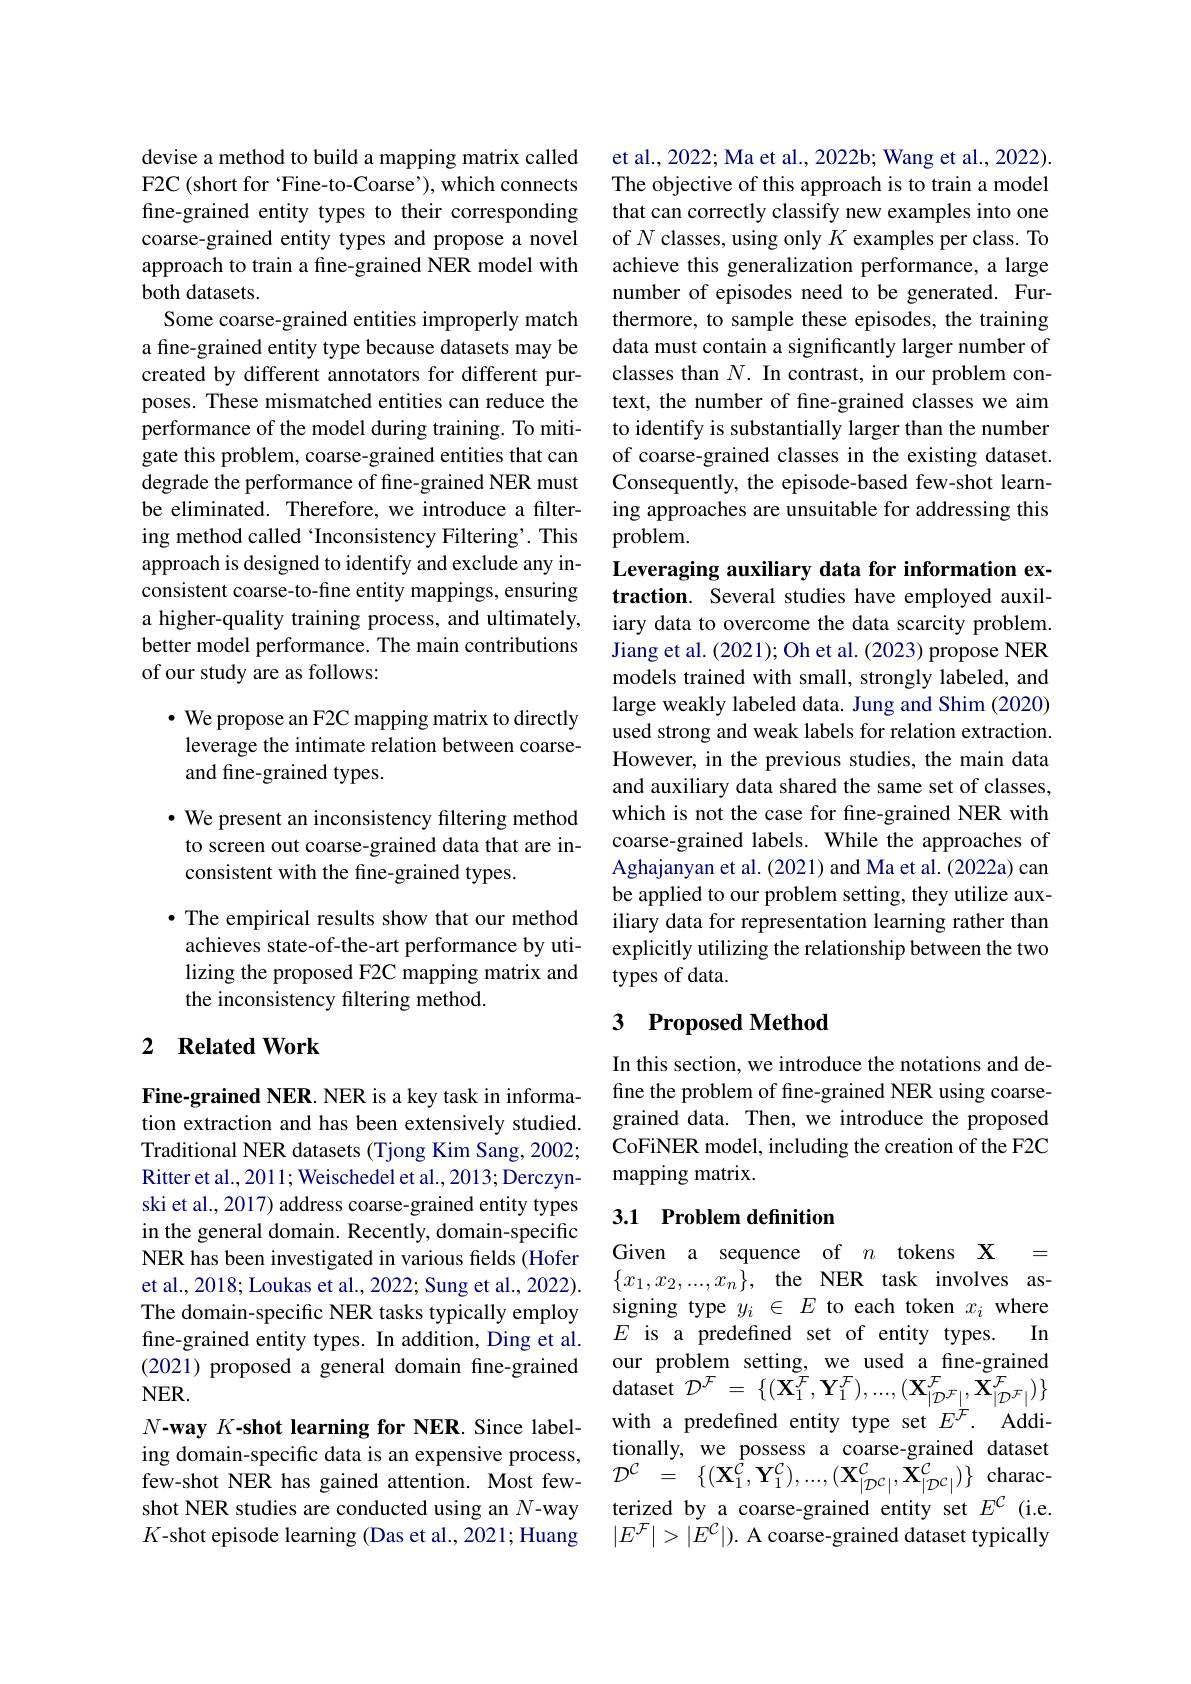
devise a method to build a mapping matrix called F2C (short for `Fine-to-Coarse'), which connects fine-grained entity types to their corresponding coarse-grained entity types and propose a novel approach to train a fne-grained NER model with both datasets.
Some coarse-grained entities improperly match a fine-grained entity type because datasets may be created by different annotators for different purposes. These mismatched entities can reduce the performance of the model during training. To mitigate this problem, coarse-grained entities that can degrade the performance of fine-grained NER must be eliminated. Therefore, we introduce a filtering method called 'Inconsistency Filtering'. This approach is designed to identify and exclude any inconsistent coarse-to-fine entity mappings, ensuring a higher-quality training process, and ultimately, better model performance. The main contributions of our study are as follows:

$\bullet$ We propose an F2C mapping matrix to directly leverage the intimate relation between coarseand fine-grained types.

$\bullet$ We present an inconsistency filtering method to screen out coarse-grained data that are inconsistent with the fine-grained types.

· The empirical results show that our method achieves state-of-the-art performance by utilizing the proposed F2C mapping matrix and the inconsistency filtering method.

## 2 $\textbf{Related Work}$

Fine-grained NER. NER is a key task in information extraction and has been extensively studied. Traditional NER datasets (Tjong Kim Sang, 2002; Ritter et al., 2011; Weischedel et al., 2013; Derczynski et al., 2017) address coarse-grained entity types in the general domain. Recently, domain-specific NER has been investigated in various fields (Hofer et al., 2018; Loukas et al., 2022; Sung et al., 2022). The domain-specific NER tasks typically employ fine-grained entity types. In addition, Ding et al. (2021) proposed a general domain fine-grained $NER.$
$N\textbf{- way }K\textbf{- shot learning for NER. Since label- }$ ing domain-specific data is an expensive process, $\begin{array}{rcl}\text{ing oman-specine atire an capeinsive process,}&\mathcal{D}^{\mathcal{C}}&=&\{(\mathbf{X}_{1}^{\mathcal{C}},\mathbf{Y}_{1}^{\mathcal{C}}),...,(\mathbf{X}_{|\mathcal{D}^{\mathcal{C}}|}^{\mathcal{C}},\tilde{\mathbf{X}}_{|\mathcal{D}^{\mathcal{C}}|}^{\mathcal{C}})\}&\text{charac-}\\\text{few-shot NER has gained attention. Most few-}&\mathcal{D}^{\mathcal{C}}&=&\{(\mathbf{X}_{1}^{\mathcal{C}},\end{array}$
$K$-shot episode learning (Das et al., 2021; Huang

et al., 2022; Ma et al., 2022b; Wang et al., 2022). The objective of this approach is to train a model that can correctly classify new examples into one of $N$ classes, using only $K$ examples per class. To achieve this generalization performance, a large number of episodes need to be generated. Furthermore, to sample these episodes, the training data must contain a significantly larger number of classes than $N.$ In contrast, in our problem context, the number of fine-grained classes we aim to identify is substantially larger than the number of coarse-grained classes in the existing dataset. Consequently, the episode-based few-shot learning approaches are unsuitable for addressing this problem.

Leveraging auxiliary data for information extraction. Several studies have employed auxiliary data to overcome the data scarcity problem. Jiang et al. (2021); Oh et al. (2023) propose NER models trained with small, strongly labeled, and large weakly labeled data. Jung and Shim (2020) used strong and weak labels for relation extraction. However, in the previous studies, the main data and auxiliary data shared the same set of classes, which is not the case for fine-grained NER with coarse-grained labels. While the approaches of Aghajanyan et al.(2021) and Ma et al.(2022a) can be applied to our problem setting, they utilize auxiliary data for representation learning rather than explicitly utilizing the relationship between the two types of data.

## 3 Proposed Method

In this section, we introduce the notations and define the problem of fine-grained NER using coarsegrained data. Then, we introduce the proposed CoFiNER model, including the creation of the F2C mapping matrix.

## 3.1 Problem definition

Given a sequence of $n$ tokens X = $\{x_1,x_2,...,x_n\}$, the NER task involves assigning type $y_i\in E$ to each token $x_i$ where $E$ is a predefined set of entity types. In our problem setting, we used a fine-grained dataset $\mathcal{D}^{\mathcal{F}}=\{(\mathbf{X}_{1}^{\mathcal{F}},\mathbf{Y}_{1}^{\mathcal{F}}),...,(\mathbf{X}_{|\mathcal{D}^{\mathcal{F}}|}^{\mathcal{F}},\mathbf{X}_{|\mathcal{D}^{\mathcal{F}}|}^{\mathcal{F}})\}$ with a predefined entity type set $E^{\mathcal{F} }.$ Additionally, we possess a coarse-grained dataset $|E^{\mathcal{F}}|>|\dot{E}^{\mathcal{C}}|).$ A coarse-grained dataset typically